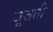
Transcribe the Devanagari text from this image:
जूजती